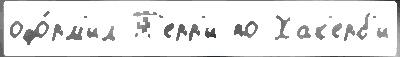
офо́рм'ил Т'ерр'и по Хак'ерб'и